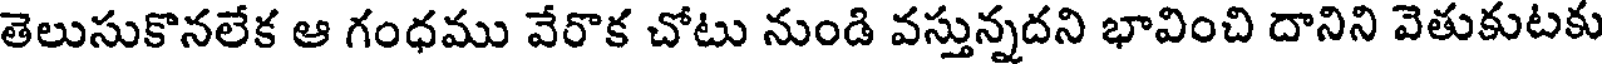
తెలుసుకొనలేక ఆ గంధము వేరొక చోటు నుండి వస్తున్నదని భావించి దానిని వెతుకుటకు